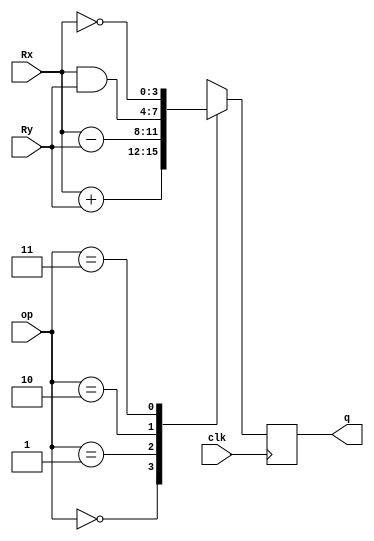
`timescale 1ns/1ps
module alu(	input  [3:0]Rx,
		input  [3:0]Ry,
		input  [1:0]op,
		input  clk,
		output reg [3:0]q);

	always @(posedge clk) begin
		case(op)
			2'b00:	q <= Rx + Ry;
			2'b01: 	q <= Rx - Ry;
			2'b10: 	q <= Rx & Ry;
			2'b11: 	q <= ~Rx;
		endcase
	end

endmodule